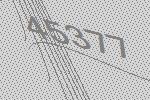
45377